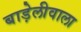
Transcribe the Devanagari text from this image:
बाड़ेलीवाला